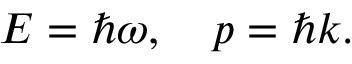
E = \hbar \omega , \quad p = \hbar k .